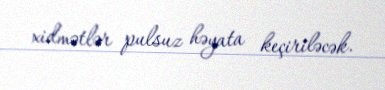
xidmətlər pulsuz həyata keçiriləcək.